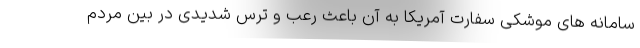
سامانه های موشکی سفارت آمریکا به آن باعث رعب و ترس شدیدی در بین مردم